Civil Veterinary Dept. Assam report 1927-50 - 1927-1950
Year: 1927
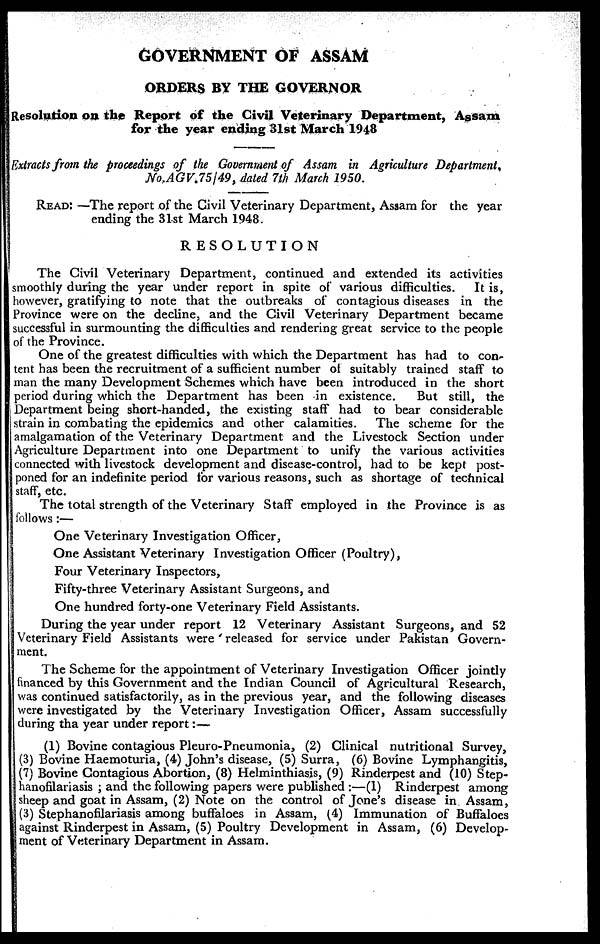
GOVERNMENT OF ASSAM
ORDERS BY THE GOVERNOR
Resolution on the Report of the Civil Veterinary Department, Assam
for the year ending 31st March 1948
Extracts from the proceedings of the Government of Assam in Agriculture Department,
No.AGV.75/49, dated 7th March 1950.
READ: —The report of the Civil Veterinary Department, Assam for the year
ending the 31st March 1948.
RESOLUTION
The Civil Veterinary Department, continued and extended its activities
smoothly during the year under report in spite of various difficulties.
It is,
However, gratifying to note that the outbreaks of contagious diseases in the
Province were on the decline, and the Civil Veterinary Department became
successful in surmounting the difficulties and rendering great service to the people
of the Province.
One of the greatest difficulties with which the Department has had to con-
tent has been the recruitment of a sufficient number of suitably trained staff to
man the many Development Schemes which have been introduced in the short
period during which the Department has been in existence.
But still, the
Department being short-handed, the existing staff had to bear considerable
strain in combating the epidemics and other calamities. The scheme for the
amalgamation of the Veterinary Department and the Livestock Section under
Agriculture Department into one Department to unify the various activities
connected with livestock development and disease-control, had to be kept post-
poned for an indefinite period for various reasons, such as shortage of technical
staff, etc.
The total strength of the Veterinary Staff employed in the Province is as
follows :—
One Veterinary Investigation Officer,
One Assistant Veterinary Investigation Officer (Poultry),
Four Veterinary Inspectors,
Fifty-three Veterinary Assistant Surgeons, and
One hundred forty-one Veterinary Field Assistants.
During the year under report 12 Veterinary Assistant Surgeons, and 52
Veterinary Field Assistants were released for service under Pakistan Govern-
ment.
The Scheme for the appointment of Veterinary Investigation Officer jointly
financed by this Government and the Indian Council of Agricultural Research,
was continued satisfactorily, as in the previous year, and the following diseases
were investigated by the Veterinary Investigation Officer, Assam successfully
during the year under report:—
(1) Bovine contagious Pleuro-Pneumonia, (2) Clinical nutritional Survey,
(3) Bovine Haemoturia, (4) John's disease, (5) Surra, (6) Bovine Lymphangitis,
(7) Bovine Contagious Abortion, (8) Helminthiasis, (9) Rinderpest and (10) Step-
hanofilariasis ; and the following papers were published :—(1) Rinderpest among
sheep and goat in Assam, (2) Note on the control of Jone's disease in Assam,
(3) Stephanofilariasis among buffaloes in Assam, (4) Immunation of Buffaloes
against Rinderpest in Assam, (5) Poultry Development in Assam, (6) Develop-
ment of Veterinary Department in Assam.